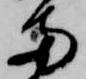
両